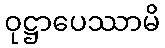
ဝုဋ္ဌာပေဿာမိ